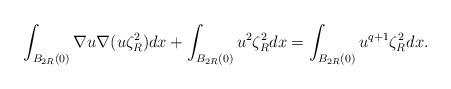
LaTeX: \begin{align*} \int_{B_{2R}(0)}\nabla u\nabla(u\zeta_R^2)dx+\int_{B_{2R}(0)}u^2\zeta_R^2dx=\int_{B_{2R}(0)}u^{q+1}\zeta_R^2dx.\end{align*}